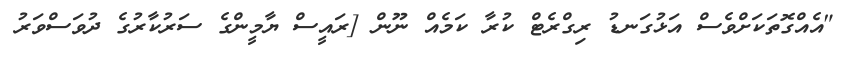
"އެއްގޮތަކަށްވެސް އަޅުގަނޑު ރިގްރެޓް ކުރާ ކަމެއް ނޫން [ރައީސް ޔާމީންގެ ސަރުކާރުގެ ދުވަސްވަރު